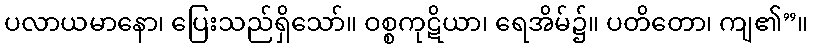
ပလာယမာနော၊ ပြေးသည်ရှိသော်။ ဝစ္စကုဋိယာ၊ ရေအိမ်၌။ ပတိတော၊ ကျ၏”။